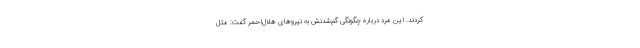
کردند. این مرد درباره چگونگی گم‌شدنش به نیروهای هلال‌احمر گفت: مثل